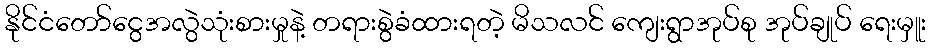
နိုင်ငံတော်ငွေအလွဲသုံးစားမှုနဲ့ တရားစွဲခံထားရတဲ့ မိသလင် ကျေးရွာအုပ်စု အုပ်ချုပ် ရေးမှူး